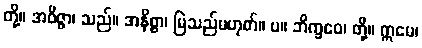
တို့။ အဝိဇ္ဇာ၊ သည်။ အနိစ္စာ၊ မြဲသည်မဟုတ်။ ပ။ ဘိက္ခဝေ၊ တို့။ ဣမေ၊